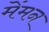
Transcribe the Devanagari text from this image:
मेंमन